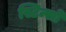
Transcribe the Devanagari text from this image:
स्टिन्सों